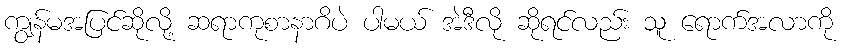
ကျွန်မအပြင်ဆိုလို့ ဆရာကုစာနာဂိပဲ ပါမယ် အဲဒီလို ဆိုရင်လည်း သူ ရောက်အလာကို